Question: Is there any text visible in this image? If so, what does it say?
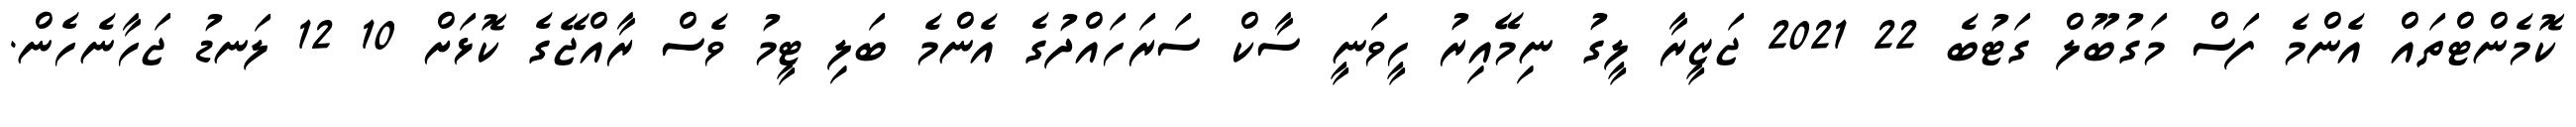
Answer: ކޮމެންޓްތައް އެންމެ ފަސް މަގުބޫލް ގަޓުބެ 22 2021 ޖަޒީރާ ލީގު ނިމޭއިރު ހީވަނީ ސާކް ސަރަހައްދުގެ އެންމެ ބަލި ޓީމު ވެސް ރާއްޖޭގެ ކޮޅަށް 10 12 ލަނޑު ޖަހާނެހެން.